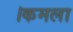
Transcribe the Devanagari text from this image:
।कमला